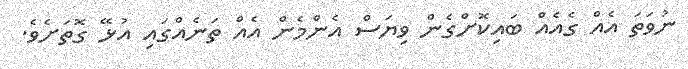
ނުވަތަ އެއް ގެއެއް ބައިކޮށްގެން ވިޔަސް އެންމެން އެއް ތަނެއްގައި އުޅޭ ގޮތަށެވެ.